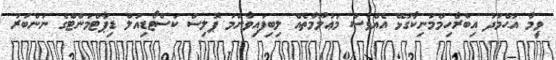
ވީމާ އަޙްމަދު އިބްރާހިމްމަނިކާގުޅޭ އެއްވެސް މަޢުލޫމާތެއް ލިބިފައިވާނަމަ ޕޮލިސް ކަސްޓޯޑިއަލް ޑިޕާޓްމަންޓްގެ ނަންބަރު